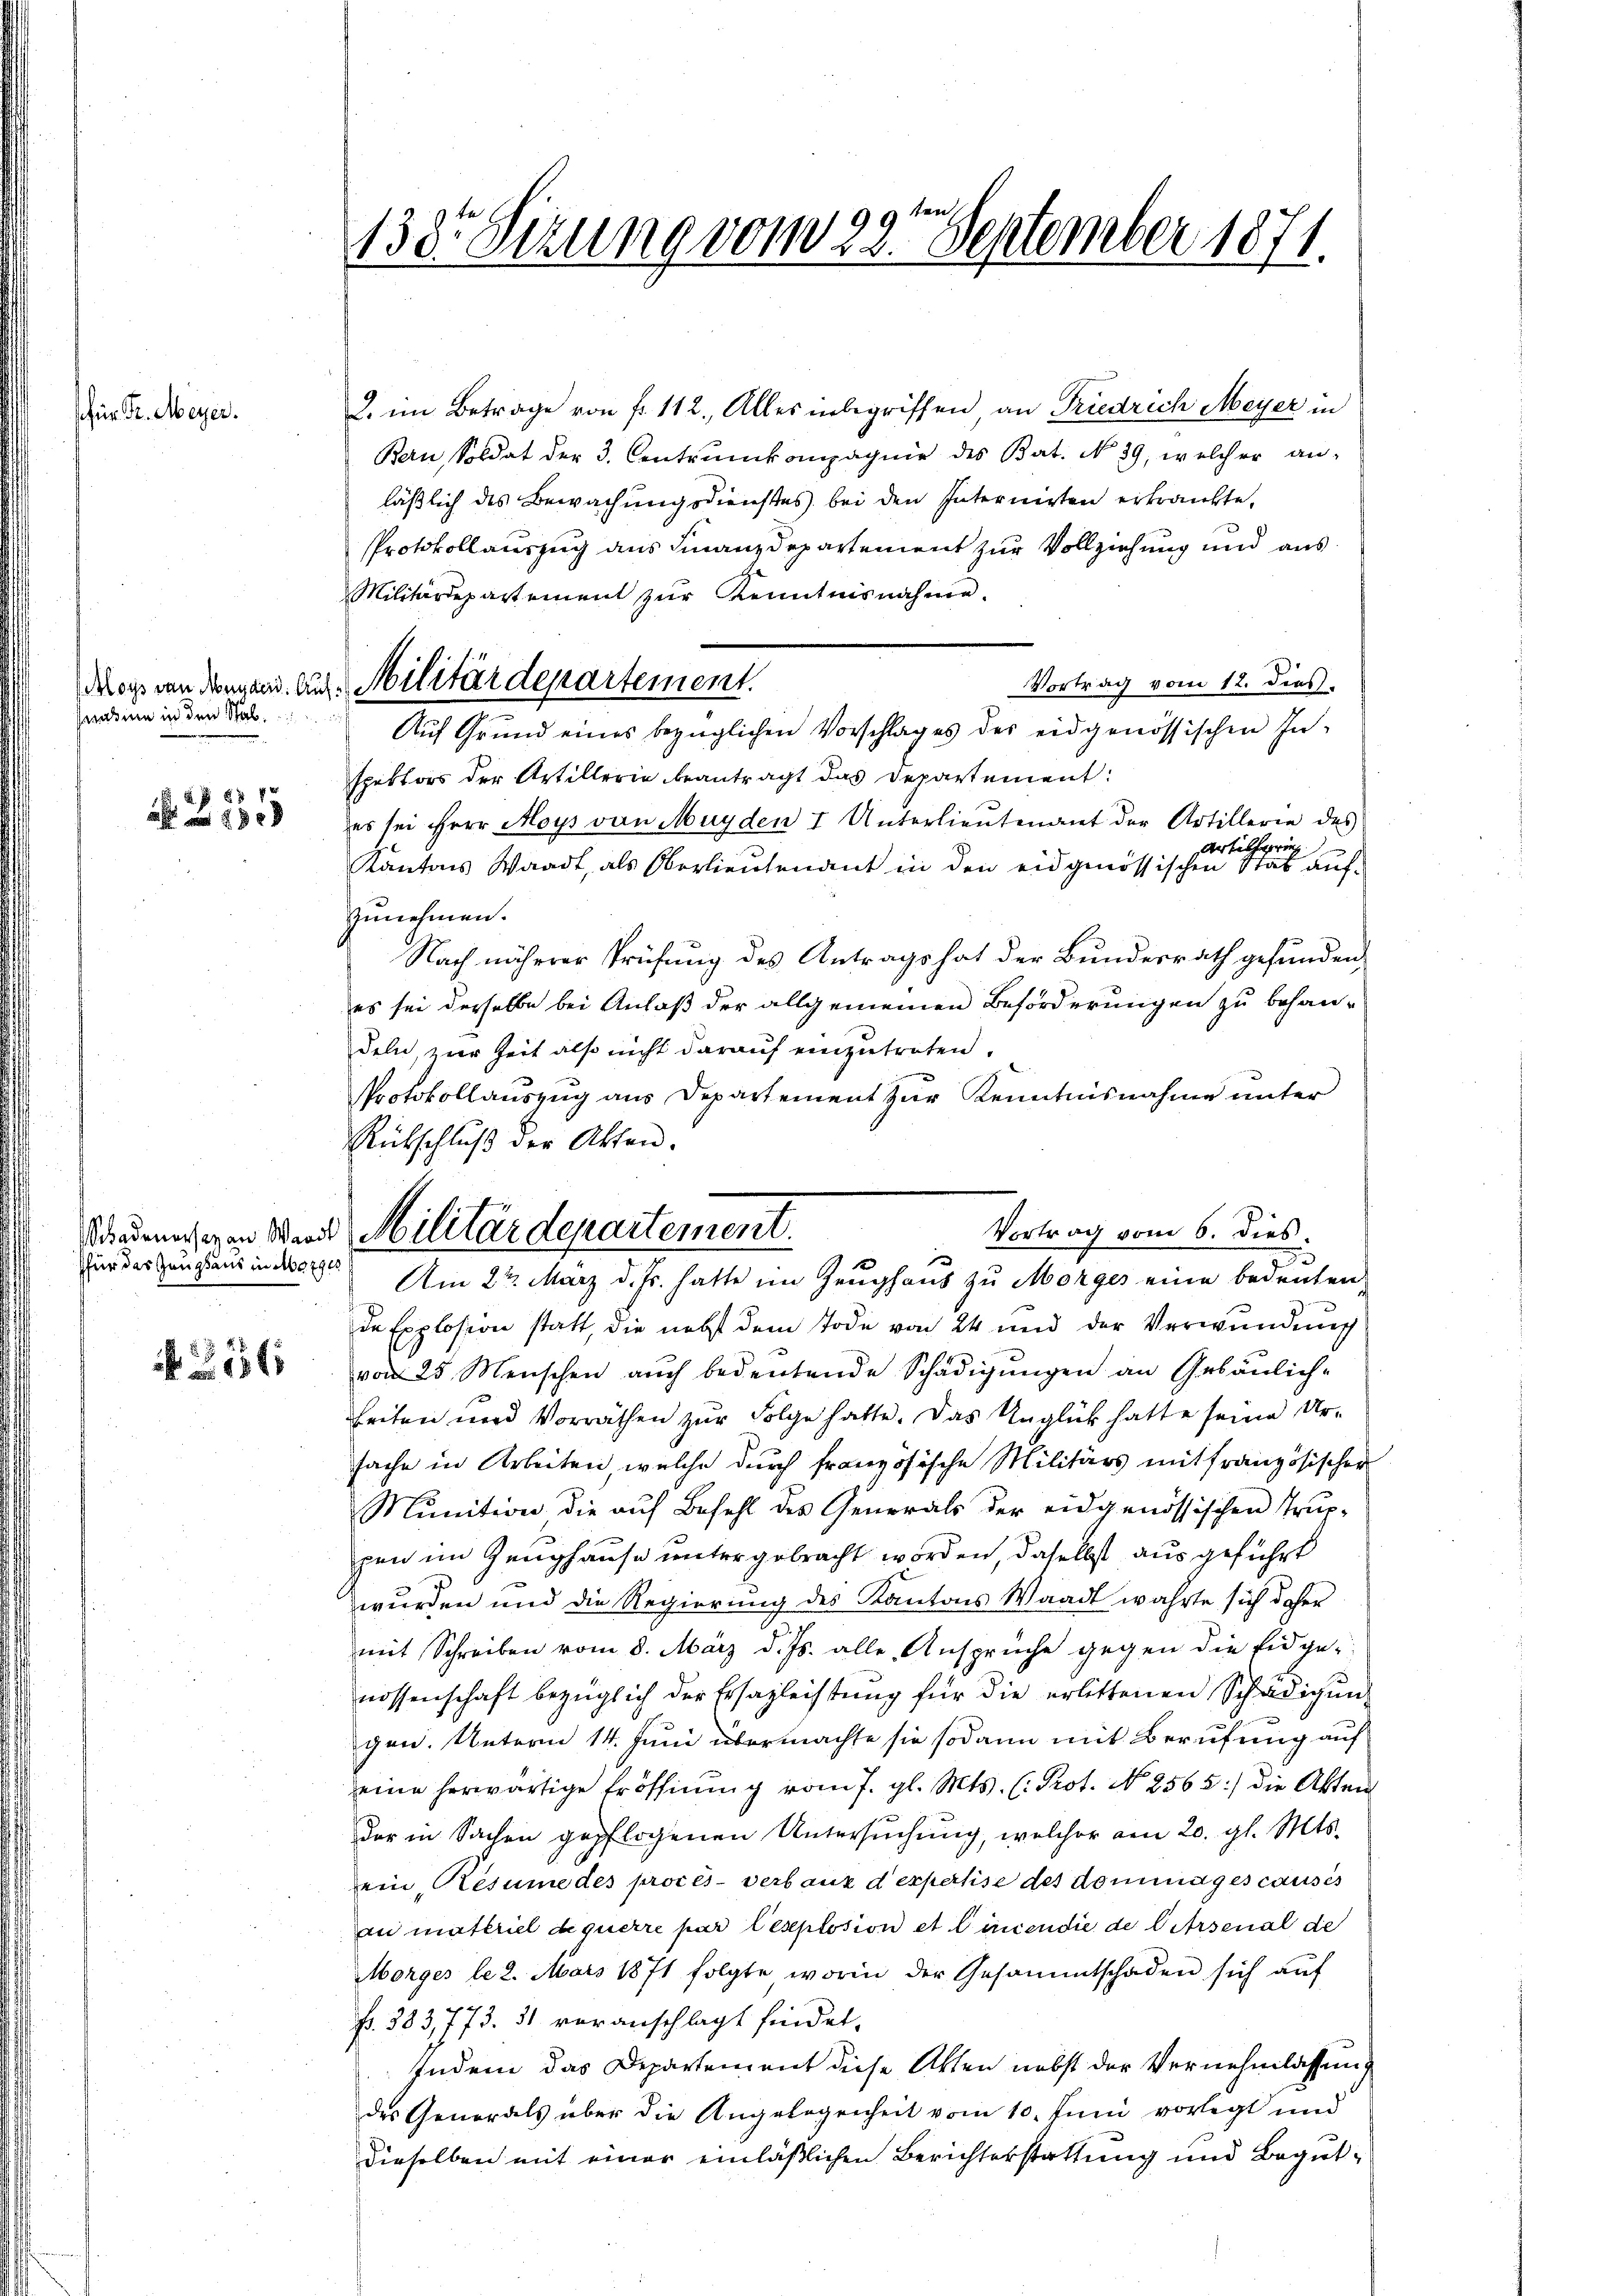
schen Dr. Meyer.

snahme in den Stab

N 225

für das Zeughaus in No 790

15

138. Sizung vom 29t September 1871.

doch von Dingen. Aug. Militärdepartement.
Auf Grund eines bezüglichen Vorschlages des eidgenössischen In¬

Niedeneigen Wenn Militärdepartement.
1
Am 2 t März d. Js. hatte im Zeughaus zu Morges eine bedeuten:

2. im Betrage von fr. 112. Alles inbegriffen an Friedrich Meyer in
Bern, Soldat der 3. Contrunkompagnie des Bat. No 39, welcher an-
läßlich des Bewachungsdienstes bei den Internirten erkrankte,
Protokollauszug aus Finanzdepartement zur Vollziehung und aus¬
Militärdepartement zŭr Kenntnisnahme.
Vortrag vom 12. dies
spektors der Artillerie beantragt das Departement:
es sei Herr Moys von Mayden I Unterlieutenant der Artillerie des
Artilsprich
Kantons Waadt, als Oberlieutenant in den eidgenössischen Stat aufzunehmen.
Nach näherer Prüfung des Antrags hat der Bundesrath gefunden,
es sei derselbe bei Anlaß der allgemeinen Beförderungen zu behan-
deln, zur Zeit also nicht darauf einzutreten.
Protokollauszug aus Departement zur Kenntnisnahme unter
Rückschluß der Akten.
Vortrag vom 6. dies.
de Explosion statt, die nebst dem Tode von 24 und der Verwŭndŭng
von 25 Menschen auch bedeutende Schädigungen an Gebäulich-
keiten und Vorräthen zur Folge hatte. Das Unglück hatte seine Ursache in Arbeiten, welche durch französische Militärs mit französischer
Munition die auf Befehl des Generals der eidgenössischen Trup-
pen im Zeughause untergebracht worden, daselbst aus geführt
e
wurden und die Regierung des Kantons Waadt wahrte sich daher
mit Schreiben vom 8. März d. Js. alle Ansprüche gegen die Eidgenossenschaft bezüglich der Ersazleistung für die erlittenen Schädigun
gen. Unterm 14. Juni übermachte sie sodann mit Berufung auf
eine herwärtige Eröffnung vom 7. gl. Mts. (: Prot. N. 2565:/ die Akten
der in Sachen gepflogenen Untersuchung, welcher am 20. gl. Mts.
ein Resume des procès-verbank d expertise des dominages causes
an materiel diquerre par lexplosion et linien die de Citrsenial de
Morges le 2. Mars 1871 folgte worin der Gesammtschaden sich aŭf
fr. 383,773. 31 veranschlagt findet,
Indem das Departement diese Akten nebst der Vernehmlassung
des Generals über die Angelegenheit vom 10. Juni vorlegt und
dieselben mit einer einläßlichen Berichterstattung und Begut¬